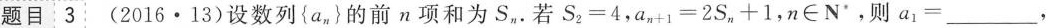
题目3 (2016·13)设数列{ a_ { n } } 的前n项和为S_ { n } 。若S